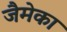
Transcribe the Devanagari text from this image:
जैमेका